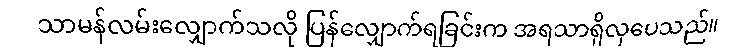
သာမန်လမ်းလျှောက်သလို ပြန်လျှောက်ရခြင်းက အရသာရှိလှပေသည်။